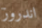
اندروز